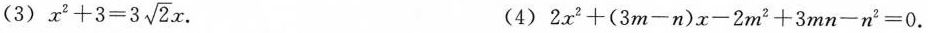
(3) $$x ^ { 2 } + 3 = 3 \sqrt { 2 } x$$. (4) $$2 x ^ { 2 } + ( 3 m - n ) x - 2 m ^ { 2 } ^ { 2 } + 3 m n - n ^ { 2 } = 0$$.